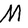
Character: M